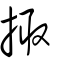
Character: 掫